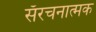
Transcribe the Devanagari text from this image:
सँरचनात्मक